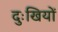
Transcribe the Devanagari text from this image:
दुःखियों